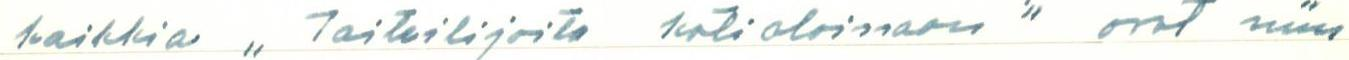
kaikkia ,,Taiteilijoita kotioloissaan" ovat niin